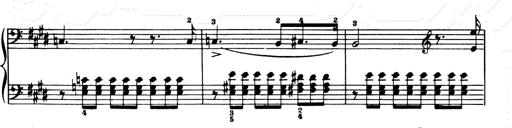
Title: Consolations and LiebestrÃ¤ume for the Piano
Composer: Franz Liszt